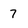
Character: 7